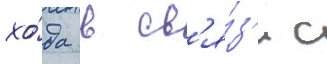
хо́да в св'я́з'и с